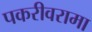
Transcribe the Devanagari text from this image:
पकरीवरामा